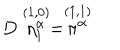
D \stackrel { ( 1 , 0 ) } { \eta _ { 1 } ^ { \alpha } } = \stackrel { ( 1 , 1 ) } { \pi ^ { \alpha } }